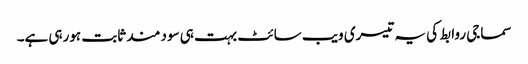
سماجی روابط کی یہ تیسری ویب سائٹ بہت ہی سود مند ثابت ہورہی ہے۔